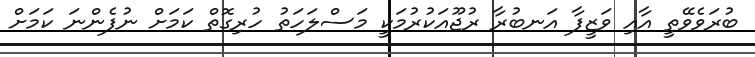
ބުރަވެވޭތީ އާއި ވަޒީފާ އަނބުރާ ރުޖޫއަކުރުމަކީ މަސްލަހަތު ހުރިގޮތް ކަމަށް ނުފެންނަ ކަމަށް